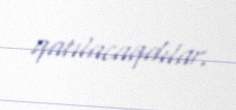
qatılacaqdılar.